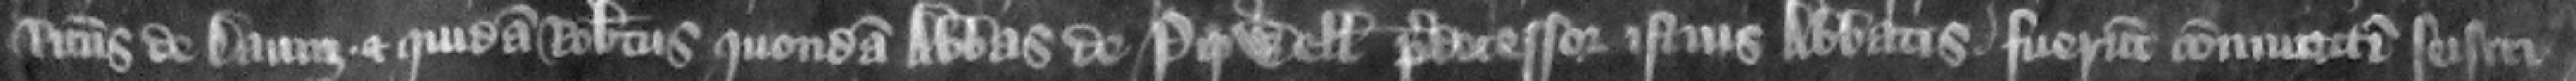
Ricardus de Daunz et quidam Robertus quondam abbas de Pipwell predecessor istius abbatis fuerunt coniunctim seisiti